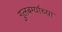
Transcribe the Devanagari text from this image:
गुलबर्ग्याच्या